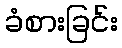
ခံစားခြင်း